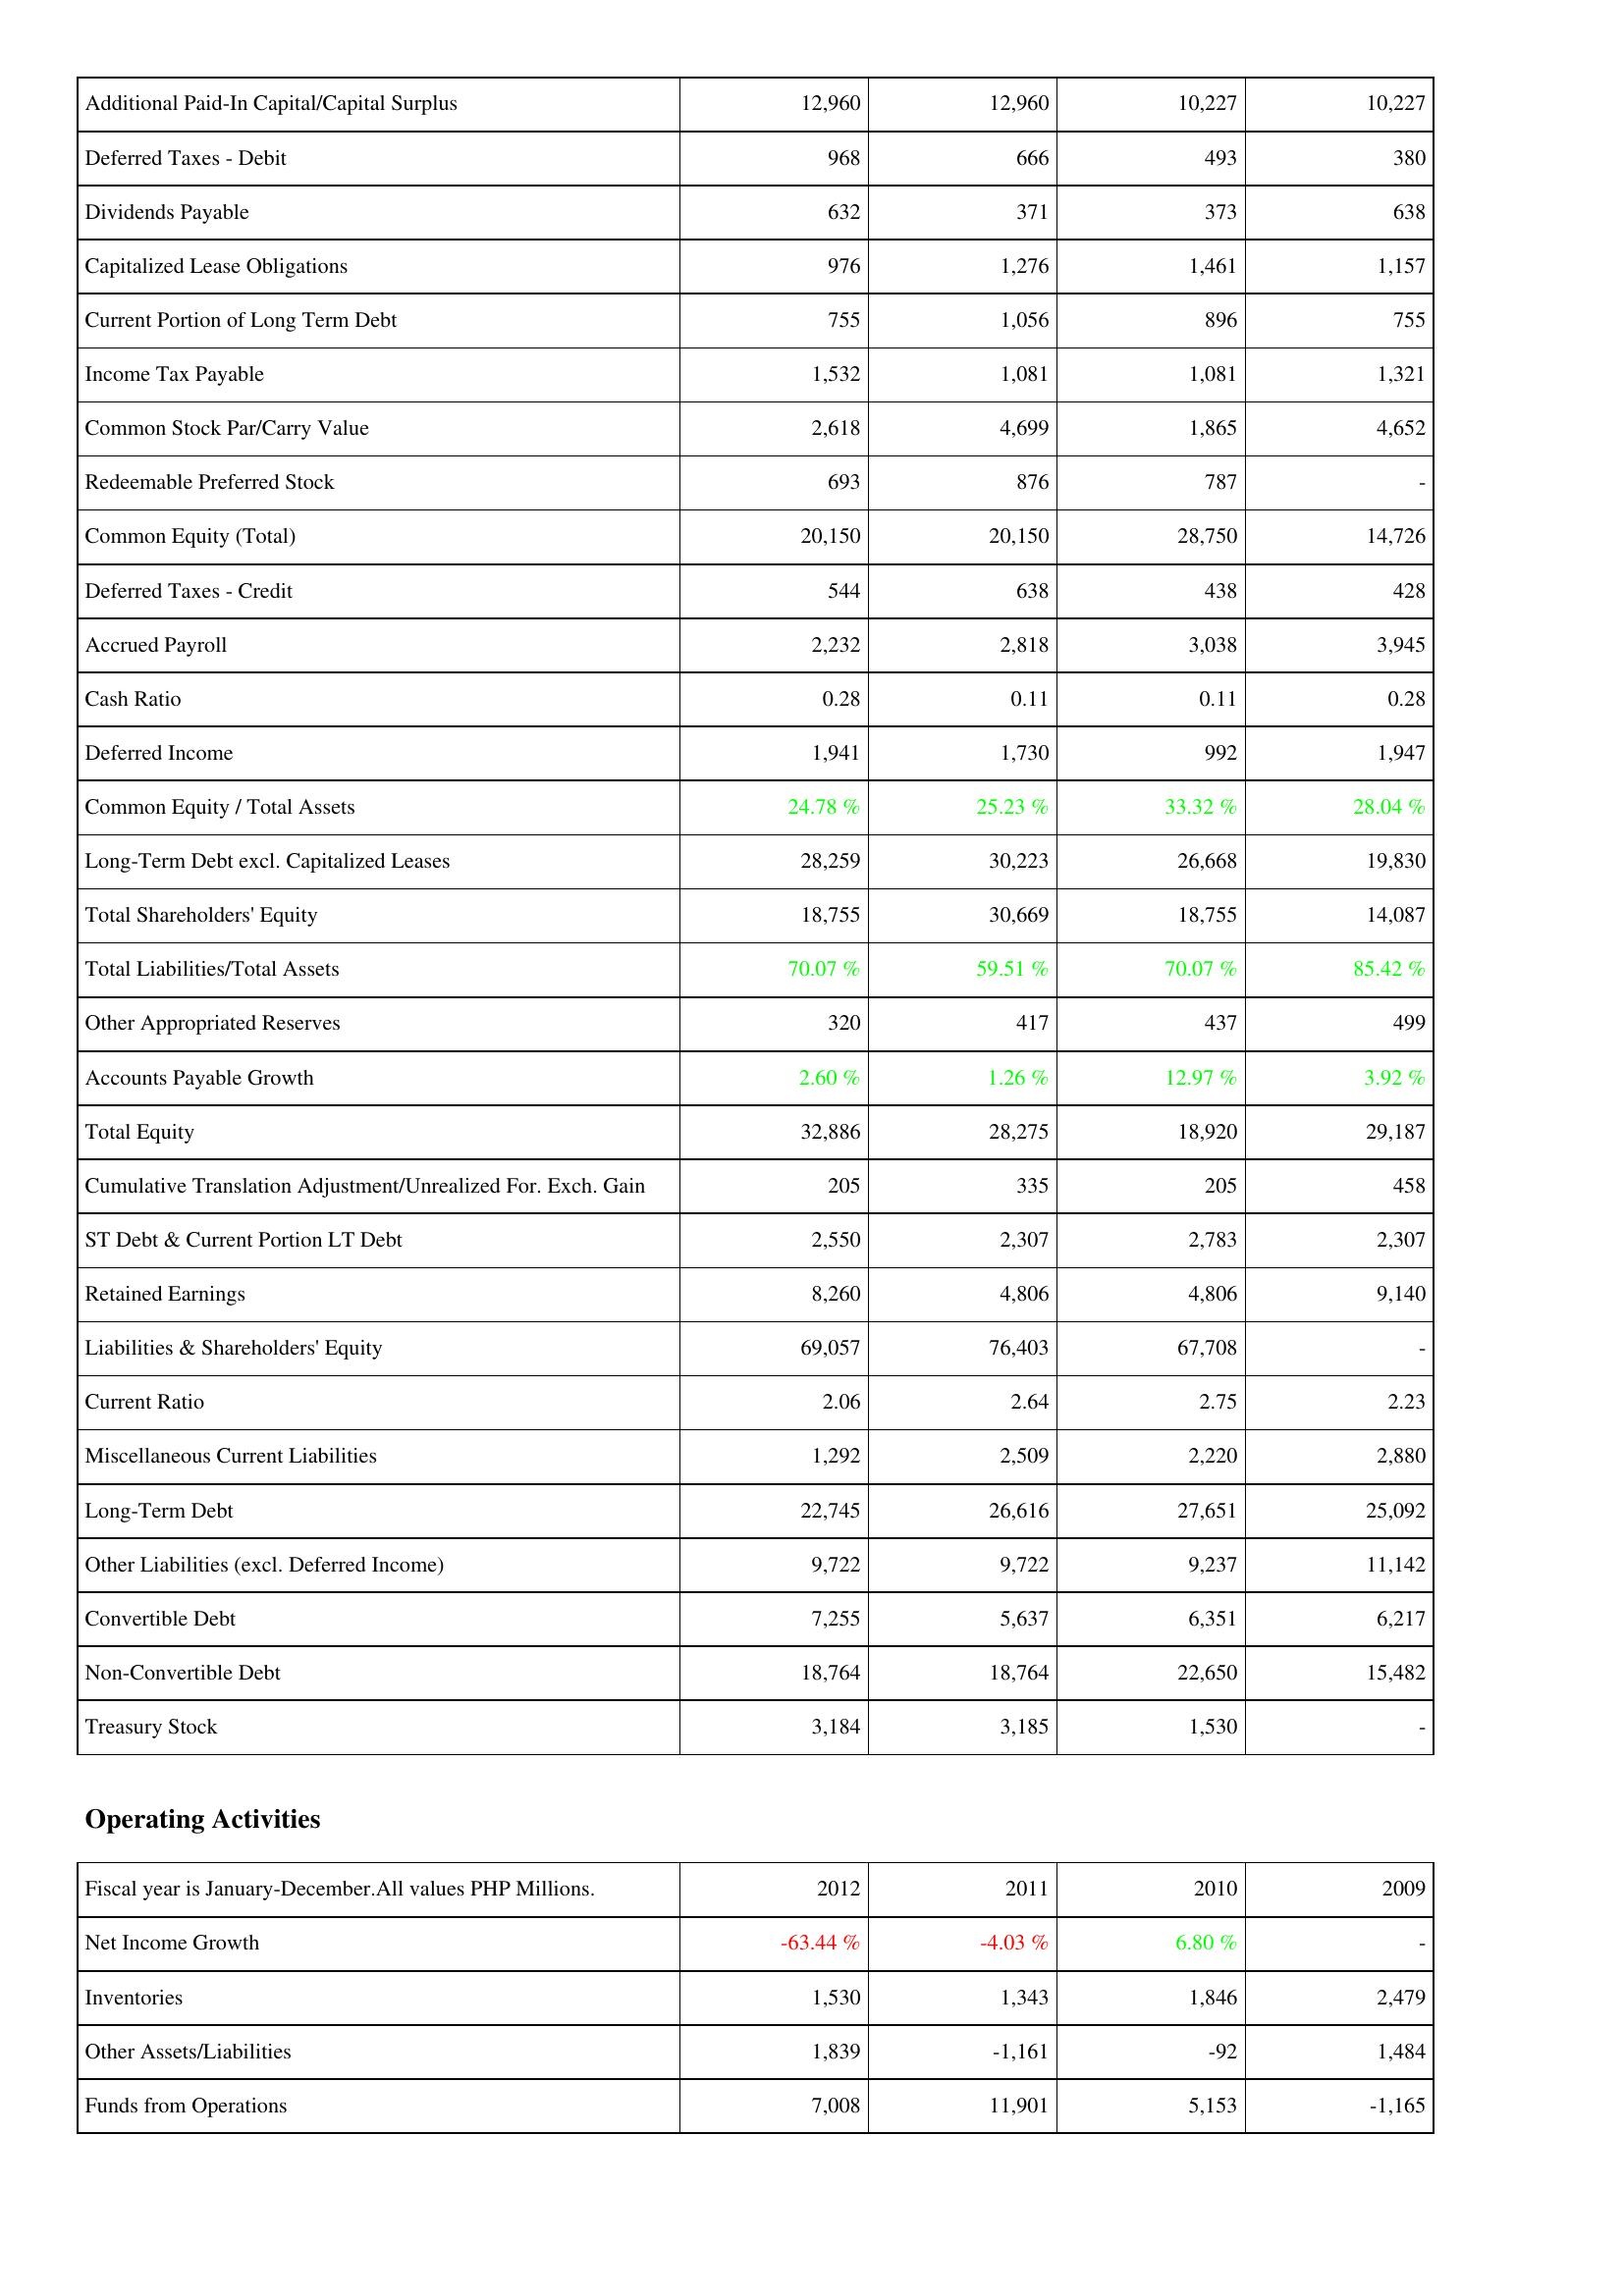
2012: Liabilities & Shareholders' Equity: Additional Paid-In Capital/Capital Surplus: 12,960
Deferred Taxes - Debit: 968
Dividends Payable: 632
Capitalized Lease Obligations: 976
Current Portion of Long Term Debt: 755
Income Tax Payable: 1,532
Common Stock Par/Carry Value: 2,618
Redeemable Preferred Stock: 693
Common Equity (Total): 20,150
Deferred Taxes - Credit: 544
Accrued Payroll: 2,232
Cash Ratio: 0.28
Deferred Income: 1,941
Common Equity / Total Assets: 24.78 %
Long-Term Debt excl. Capitalized Leases: 28,259
Total Shareholders' Equity: 18,755
Total Liabilities/Total Assets: 70.07 %
Other Appropriated Reserves: 320
Accounts Payable Growth: 2.60 %
Total Equity: 32,886
Cumulative Translation Adjustment/Unrealized For. Exch. Gain: 205
ST Debt & Current Portion LT Debt: 2,550
Retained Earnings: 8,260
Liabilities & Shareholders' Equity: 69,057
Current Ratio: 2.06
Miscellaneous Current Liabilities: 1,292
Long-Term Debt: 22,745
Other Liabilities (excl. Deferred Income): 9,722
Convertible Debt: 7,255
Non-Convertible Debt: 18,764
Treasury Stock: 3,184
Operating Activities: Net Income Growth: -63.44 %
Inventories: 1,530
Other Assets/Liabilities: 1,839
Funds from Operations: 7,008
2011: Liabilities & Shareholders' Equity: Additional Paid-In Capital/Capital Surplus: 12,960
Deferred Taxes - Debit: 666
Dividends Payable: 371
Capitalized Lease Obligations: 1,276
Current Portion of Long Term Debt: 1,056
Income Tax Payable: 1,081
Common Stock Par/Carry Value: 4,699
Redeemable Preferred Stock: 876
Common Equity (Total): 20,150
Deferred Taxes - Credit: 638
Accrued Payroll: 2,818
Cash Ratio: 0.11
Deferred Income: 1,730
Common Equity / Total Assets: 25.23 %
Long-Term Debt excl. Capitalized Leases: 30,223
Total Shareholders' Equity: 30,669
Total Liabilities/Total Assets: 59.51 %
Other Appropriated Reserves: 417
Accounts Payable Growth: 1.26 %
Total Equity: 28,275
Cumulative Translation Adjustment/Unrealized For. Exch. Gain: 335
ST Debt & Current Portion LT Debt: 2,307
Retained Earnings: 4,806
Liabilities & Shareholders' Equity: 76,403
Current Ratio: 2.64
Miscellaneous Current Liabilities: 2,509
Long-Term Debt: 26,616
Other Liabilities (excl. Deferred Income): 9,722
Convertible Debt: 5,637
Non-Convertible Debt: 18,764
Treasury Stock: 3,185
Operating Activities: Net Income Growth: -4.03 %
Inventories: 1,343
Other Assets/Liabilities: -1,161
Funds from Operations: 11,901
2010: Liabilities & Shareholders' Equity: Additional Paid-In Capital/Capital Surplus: 10,227
Deferred Taxes - Debit: 493
Dividends Payable: 373
Capitalized Lease Obligations: 1,461
Current Portion of Long Term Debt: 896
Income Tax Payable: 1,081
Common Stock Par/Carry Value: 1,865
Redeemable Preferred Stock: 787
Common Equity (Total): 28,750
Deferred Taxes - Credit: 438
Accrued Payroll: 3,038
Cash Ratio: 0.11
Deferred Income: 992
Common Equity / Total Assets: 33.32 %
Long-Term Debt excl. Capitalized Leases: 26,668
Total Shareholders' Equity: 18,755
Total Liabilities/Total Assets: 70.07 %
Other Appropriated Reserves: 437
Accounts Payable Growth: 12.97 %
Total Equity: 18,920
Cumulative Translation Adjustment/Unrealized For. Exch. Gain: 205
ST Debt & Current Portion LT Debt: 2,783
Retained Earnings: 4,806
Liabilities & Shareholders' Equity: 67,708
Current Ratio: 2.75
Miscellaneous Current Liabilities: 2,220
Long-Term Debt: 27,651
Other Liabilities (excl. Deferred Income): 9,237
Convertible Debt: 6,351
Non-Convertible Debt: 22,650
Treasury Stock: 1,530
Operating Activities: Net Income Growth: 6.80 %
Inventories: 1,846
Other Assets/Liabilities: -92
Funds from Operations: 5,153
2009: Liabilities & Shareholders' Equity: Additional Paid-In Capital/Capital Surplus: 10,227
Deferred Taxes - Debit: 380
Dividends Payable: 638
Capitalized Lease Obligations: 1,157
Current Portion of Long Term Debt: 755
Income Tax Payable: 1,321
Common Stock Par/Carry Value: 4,652
Redeemable Preferred Stock: -
Common Equity (Total): 14,726
Deferred Taxes - Credit: 428
Accrued Payroll: 3,945
Cash Ratio: 0.28
Deferred Income: 1,947
Common Equity / Total Assets: 28.04 %
Long-Term Debt excl. Capitalized Leases: 19,830
Total Shareholders' Equity: 14,087
Total Liabilities/Total Assets: 85.42 %
Other Appropriated Reserves: 499
Accounts Payable Growth: 3.92 %
Total Equity: 29,187
Cumulative Translation Adjustment/Unrealized For. Exch. Gain: 458
ST Debt & Current Portion LT Debt: 2,307
Retained Earnings: 9,140
Liabilities & Shareholders' Equity: -
Current Ratio: 2.23
Miscellaneous Current Liabilities: 2,880
Long-Term Debt: 25,092
Other Liabilities (excl. Deferred Income): 11,142
Convertible Debt: 6,217
Non-Convertible Debt: 15,482
Treasury Stock: -
Operating Activities: Net Income Growth: -
Inventories: 2,479
Other Assets/Liabilities: 1,484
Funds from Operations: -1,165